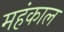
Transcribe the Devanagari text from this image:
महंकाल